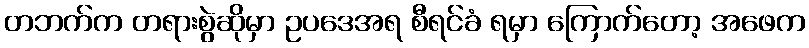
တဘက်က တရားစွဲဆိုမှာ ဥပဒေအရ စီရင်ခံ ရမှာ ကြောက်တော့ အဖေက